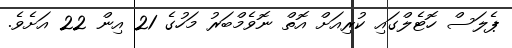
ޕެލަސް ހޮޓެލްގައި ކުރިއަށް އޮތް ނޮވެމްބަރު މަހުގެ 21 އިން 22 އަށެވެ.